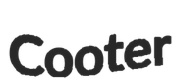
Cooter